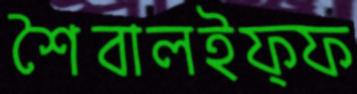
শৈবালইফ্ফ